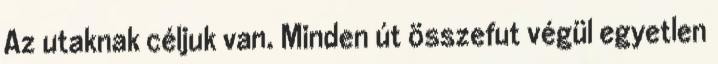
Az utaknak céljuk van. Minden út összefut végül egyetlen